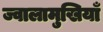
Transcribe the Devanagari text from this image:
ज्वालामुखियाँ